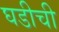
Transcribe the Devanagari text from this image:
घडीची